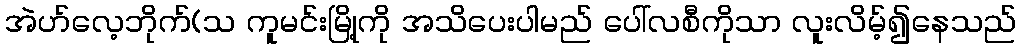
အဲဟ်လေ့ဘိုက်(သ ကူမင်းမြို့ကို အသိပေးပါမည် ပေါ်လစီကိုသာ လူးလိမ့်၍နေသည်